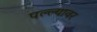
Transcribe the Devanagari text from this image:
पल्ल्यावर